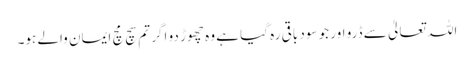
اللہ تعالیٰ سے ڈرو اور جو سود باقی رہ گیا ہے وہ چھوڑ دو اگر تم سچ مچ ایمان والے ہو۔